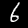
Label: 6